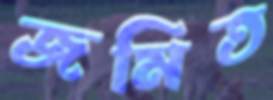
জমিত